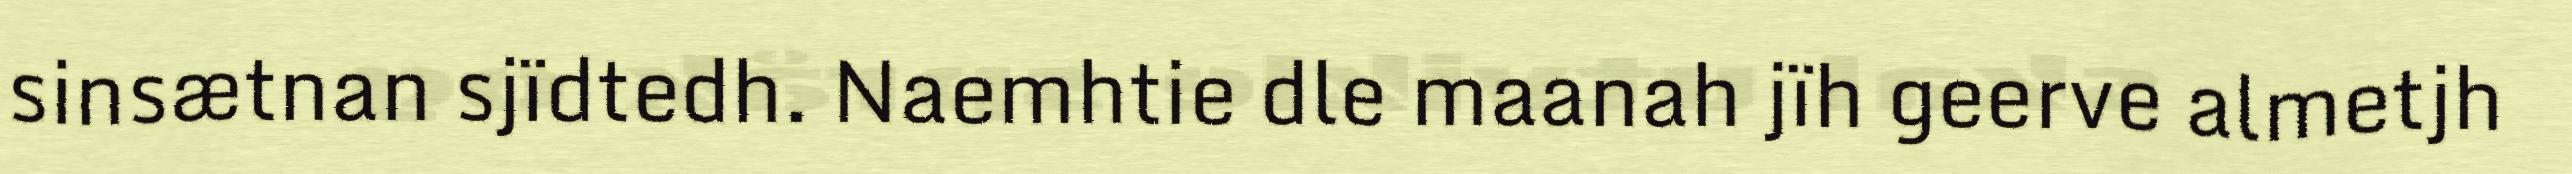
sinsætnan sjïdtedh. Naemhtie dle maanah jïh geerve almetjh